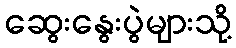
ဆွေးနွေးပွဲများသို့